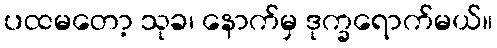
ပထမတော့ သုခ၊ နောက်မှ ဒုက္ခရောက်မယ်။